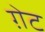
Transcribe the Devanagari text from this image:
ग़ेट